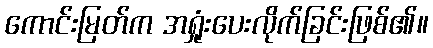
ကောင်းမြတ်က အရှုံးပေးလိုက်ခြင်းဖြစ်၏။